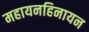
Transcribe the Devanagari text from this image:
महायनहिनायन